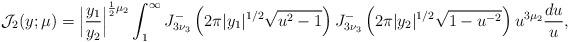
LaTeX: \begin{align*} \mathcal{J}_{2}(y; \mu) = \Bigl| \frac{y_1}{y_2}\Bigr|^{\frac{1}{2}\mu_2} \int_1^\infty J^{-}_{3\nu_3 }\left(2\pi |y_1|^{1/2}\sqrt{u^2-1}\right) J^{-}_{3\nu_3}\left(2\pi |y_2|^{1/2}\sqrt{1-u^{-2}}\right) u^{3\mu_2} \frac{du}{u}, \end{align*}